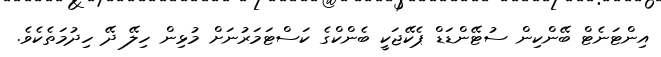
އިންޓަނެޓް ބޭންކިން ސުޓޭންޑަޑް ޕެކޭޖަކީ ބެންކްގެ ކަސްޓަމަރުނަށް މުޅިން ހިލޭ ދޭ ހިދުމަތެކެވެ.